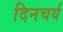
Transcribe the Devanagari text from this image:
दिनचर्य